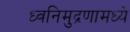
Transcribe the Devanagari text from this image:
ध्वनिमुद्रणामध्ये